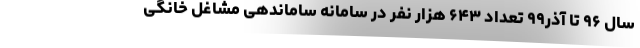
سال ۹۶ تا آذر۹۹ تعداد ۶۴۳ هزار نفر در سامانه ساماندهی مشاغل خانگی